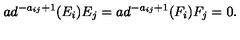
a d ^ { - a _ { i j } + 1 } ( E _ { i } ) E _ { j } = a d ^ { - a _ { i j } + 1 } ( F _ { i } ) F _ { j } = 0 .